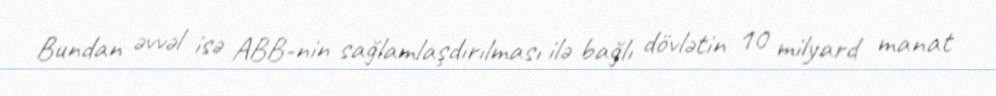
Bundan əvvəl isə ABB-nin sağlamlaşdırılması ilə bağlı dövlətin 10 milyard manat